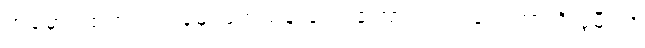
အမှောင်ထဲတွင် ငါးခုမှ ဖြတ်သန်းခဲ့ရပါကြောင်း လုံးခင်းကြားရှိ ဖွဲမီးလို